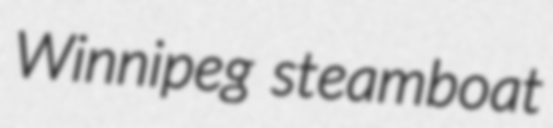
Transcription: Winnipeg steamboat